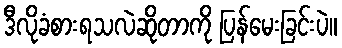
ဒီလိုခံစားရသလဲဆိုတာကို ပြန်မေးခြင်းပဲ။